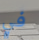
في